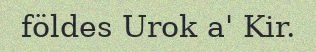
földes Urok a' Kir.